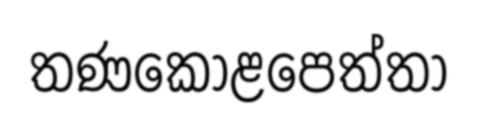
තණකොළපෙත්තා